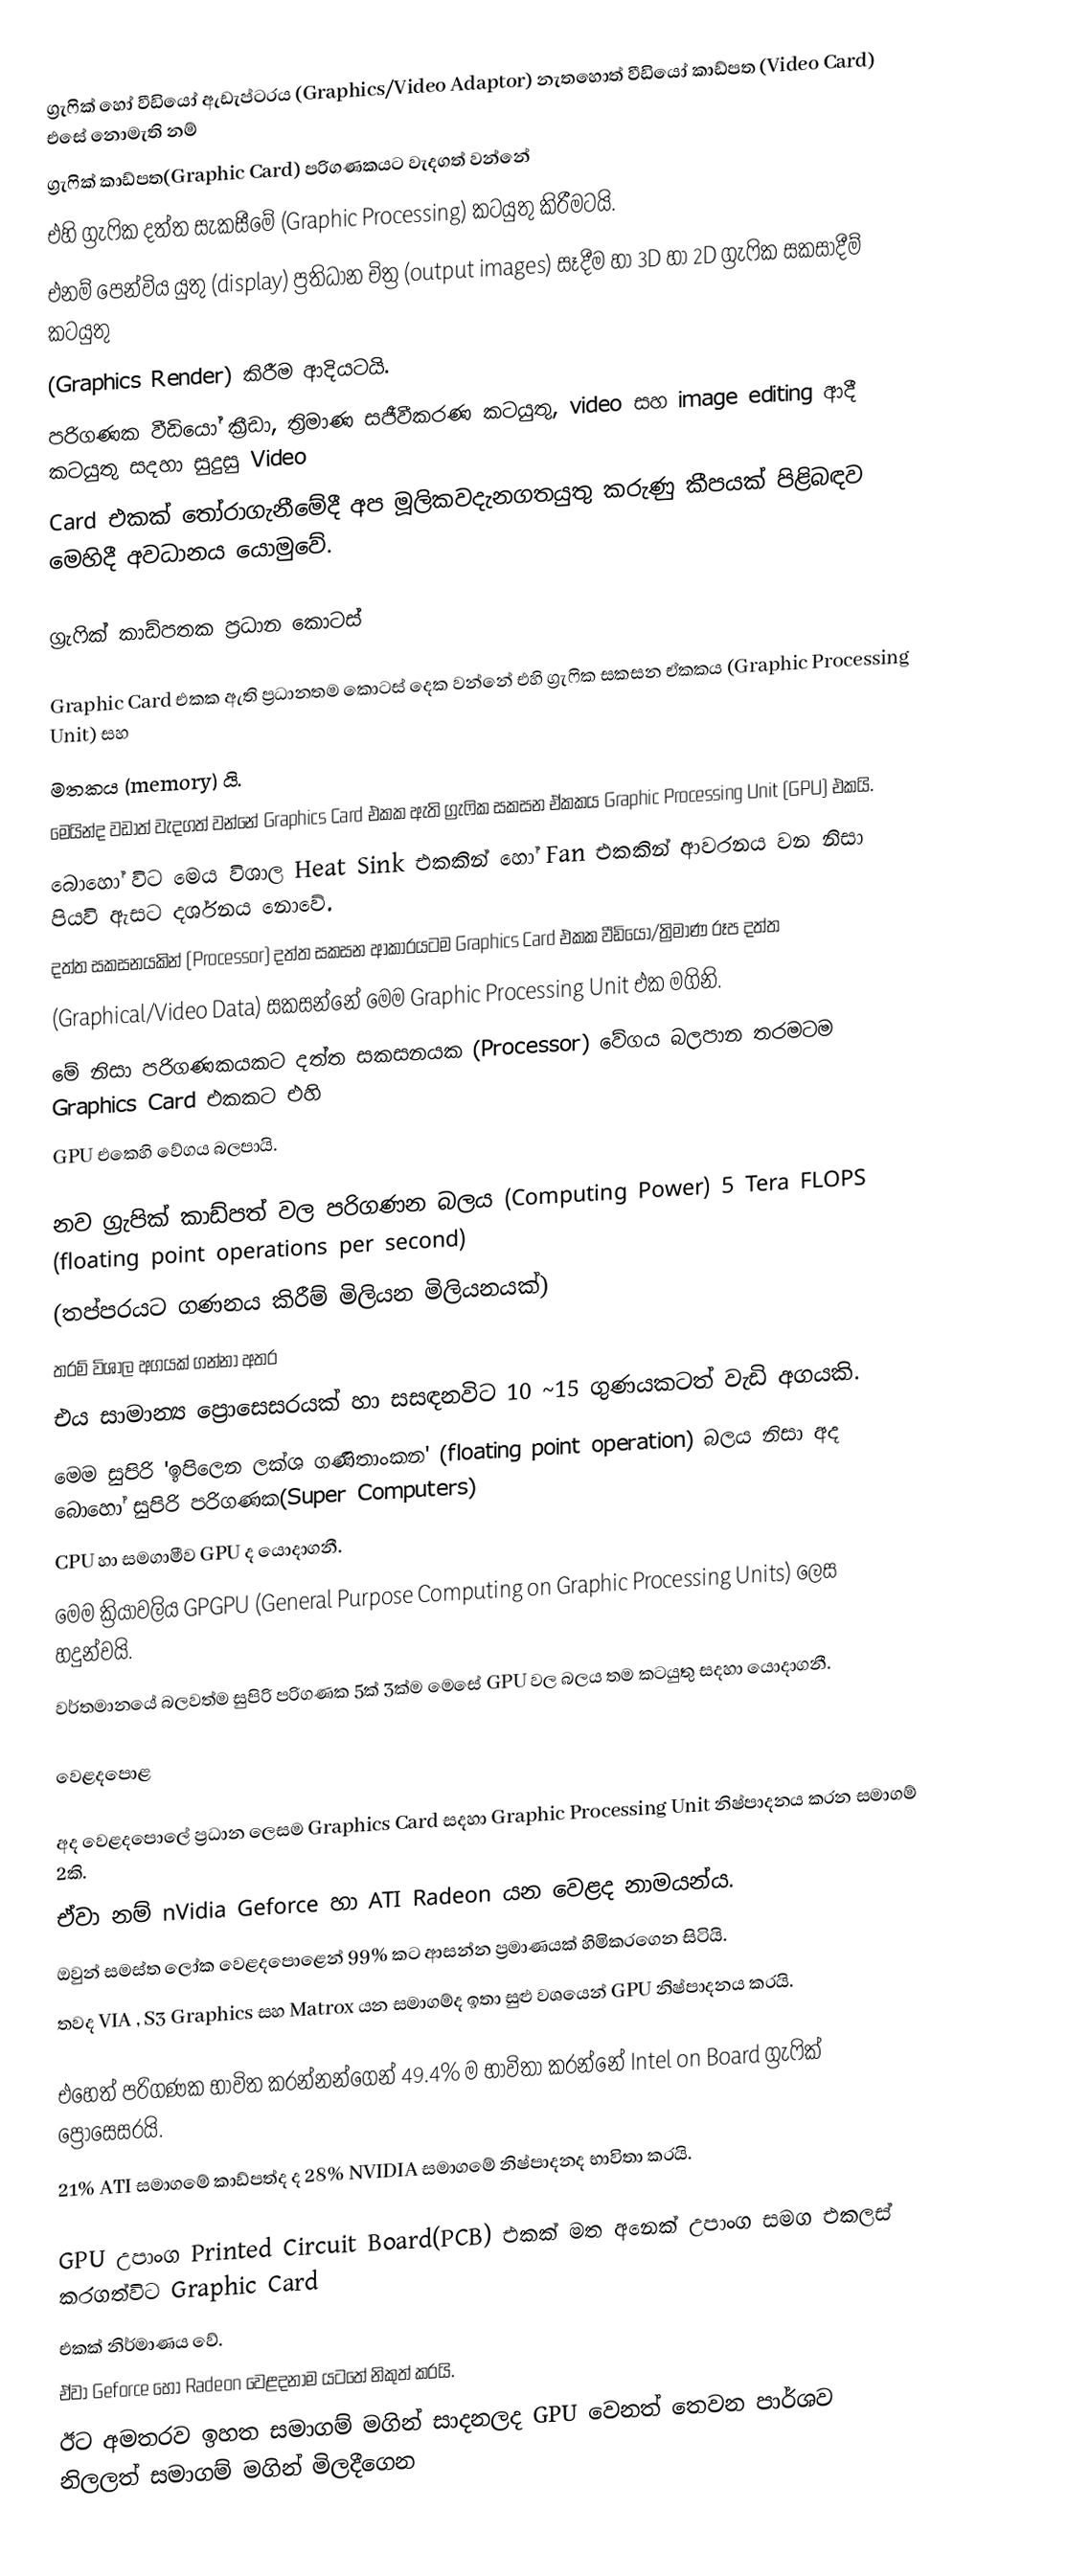
ග්‍රැෆික් හෝ වීඩියෝ ඇඩැප්ටරය (Graphics/Video Adaptor) නැතහොත් වීඩියෝ කාඩ්පත (Video Card) එසේ නොමැති නම්
ග්‍රැෆික් කාඩ්පත(Graphic Card) පරිගණකයට වැදගත් වන්නේ
එහි ග්‍රැෆික දත්ත සැකසීමේ (Graphic Processing) කටයුතු කිරීමටයි.
එනම් පෙන්විය යුතු (display) ප්‍රතිධාන චිත්‍ර (output images) සෑදීම හා 3D හා 2D ග්‍රැෆික සකසාදීම් කටයුතු
(Graphics Render) කිරීම ආදියටයි.
පරිගණක වීඩියෝ ක්‍රීඩා, ත්‍රිමාණ සජීවීකරණ කටයුතු, video සහ image editing ආදී කටයුතු සදහා සුදුසු Video
Card එකක් තෝරාගැනීමේදී අප මූලිකවදැනගතයුතු කරුණු කීපයක් පිළිබඳව මෙහිදී අවධානය යොමුවේ.

ග්‍රැෆික් කාඩ්පතක ප්‍රධාන කොටස්

Graphic Card එකක ඇති ප්‍රධානතම කොටස් දෙක වන්නේ එහි ග්‍රැෆික සකසන ඒකකය (Graphic Processing Unit) සහ
මතකය (memory) යි.
මෙයින්ද වඩාත් වැදගත් වන්නේ Graphics Card එකක ඇති ග්‍රැෆික සකසන ඒකකය Graphic Processing Unit (GPU) එකයි.
බොහෝ විට මෙය විශාල Heat Sink එකකින් හෝ Fan එකකින් ආවරනය වන නිසා පියවි ඇසට දර්ශනය නොවේ.
දත්ත සකසනයකින් (Processor) දත්ත සකසන ආකාරයටම Graphics Card එකක වීඩියෝ/ත්‍රිමාණ රූප දත්ත
(Graphical/Video Data) සකසන්නේ මෙම Graphic Processing Unit එක මගිනි.
මේ නිසා පරිගණකයකට දත්ත සකසනයක (Processor) වේගය බලපාන තරමටම Graphics Card එකකට එහි
GPU එකෙහි වේගය බලපායි.

නව ග්‍රැපික් කාඩ්පත් වල පරිගණන බලය (Computing Power) 5 Tera FLOPS (floating point operations per second)
(තප්පරයට ගණනය කිරීම් මිලියන මිලියනයක්)
තරම් විශාල අගයක් ගන්නා අතර
එය සාමාන්‍ය ප්‍රොසෙසරයක් හා සසඳනවිට 10 ~15 ගුණයකටත් වැඩි අගයකි.
මෙම සුපිරි 'ඉපිලෙන ලක්ශ ගණිතාංකන' (floating point operation) බලය නිසා අද බොහෝ සුපිරි පරිගණක(Super Computers)
CPU හා සමගාමීව GPU ද යොදාගනී.
මෙම ක්‍රියාවලිය GPGPU (General Purpose Computing on Graphic Processing Units) ලෙස හදුන්වයි.
වර්තමානයේ බලවත්ම සුපිරි පරිගණක 5ක් 3ක්ම මෙසේ GPU වල බලය තම කටයුතු සදහා යොදාගනී.

වෙළදපොළ

අද වෙළදපොලේ ප්‍රධාන ලෙසම Graphics Card සදහා Graphic Processing Unit නිෂ්පාදනය කරන සමාගම් 2කි.
ඒවා නම් nVidia Geforce හා ATI Radeon යන වෙළද නාමයන්ය.
ඔවුන් සමස්ත ලෝක වෙළදපොළෙන් 99% කට ආසන්න ප්‍රමාණයක් හිමිකරගෙන සිටියි.
තවද VIA , S3 Graphics සහ Matrox ‍යන සමාගම්ද ඉතා සුළු වශයෙන් GPU නිෂ්පාදනය කරයි.

එහෙත් පරිගණක භාවිත කරන්නන්ගෙන් 49.4% ම භාවිතා කරන්නේ Intel on Board ග්‍රැෆික් ප්‍රොසෙසරයි.
21% ATI සමාගමේ කාඩ්පත්ද ද 28% NVIDIA සමාගමේ නිෂ්පාදනද භාවිතා කරයි.

GPU උපාංග Printed Circuit Board(PCB) එකක් මත අනෙක් උපාංග සමග එකලස් කරගත්විට Graphic Card
එකක් නිර්මාණය වේ.
ඒවා Geforce හෝ Radeon වෙළදනාම යටතේ නිකුත් කරයි.
ඊට අමතරව ඉහත සමාගම් මගින් සාදනලද GPU වෙනත් තෙවන පාර්ශව නිලලත් සමාගම් මගින් මිලදීගෙන